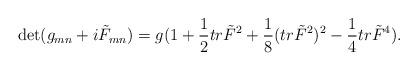
LaTeX: \begin{align*}\det(g_{mn}+i\tilde F_{mn})=g(1+{1\over 2}tr\tilde F^2+{1\over 8}(tr\tilde F^2)^2-{1\over 4}tr\tilde F^4).\end{align*}